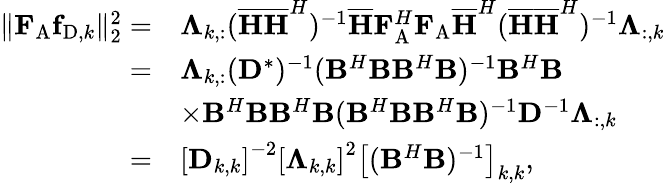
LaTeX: \begin{array}{rl}{\| {\mathbf{F}}_{\mathrm{{A}}}{\mathbf{f}}_{{\mathrm{D}},k}\| _{2}^{2}=}&{{\mathbf{\Lambda}}_{k,:}({\overline{{\mathbf{H}}}}{\overline{{\mathbf{H}}}}^{H})^{-1}{\overline{{\mathbf{H}}}}{\mathbf{F}}_{\mathrm{{A}}}^{H}{\mathbf{F}}_{\mathrm{A}}{\overline{{\mathbf{H}}}}^{H}({\overline{{\mathbf{H}}}}{\overline{{\mathbf{H}}}}^{H})^{-1}{\mathbf{\Lambda}}_{:,k}}\\ {=}&{{\mathbf{\Lambda}}_{k,:}({\mathbf{D}}^{*})^{-1}({\mathbf{B}}^{H}{\mathbf{B}}{\mathbf{B}}^{H}{\mathbf{B}})^{-1}{\mathbf{B}}^{H}{\mathbf{B}}}\\ &{\times{\mathbf{B}}^{H}{\mathbf{B}}{\mathbf{B}}^{H}{\mathbf{B}}({\mathbf{B}}^{H}{\mathbf{B}}{\mathbf{B}}^{H}{\mathbf{B}})^{-1}{\mathbf{D}}^{-1}{\mathbf{\Lambda}}_{:,k}}\\ {=}&{\left[{\mathbf{D}}_{k,k}\right]^{-2}\left[{\mathbf{\Lambda}}_{k,k}\right]^{2}\left[({\mathbf{B}}^{H}{\mathbf{B}})^{-1}\right]_{k,k},}\end{array}